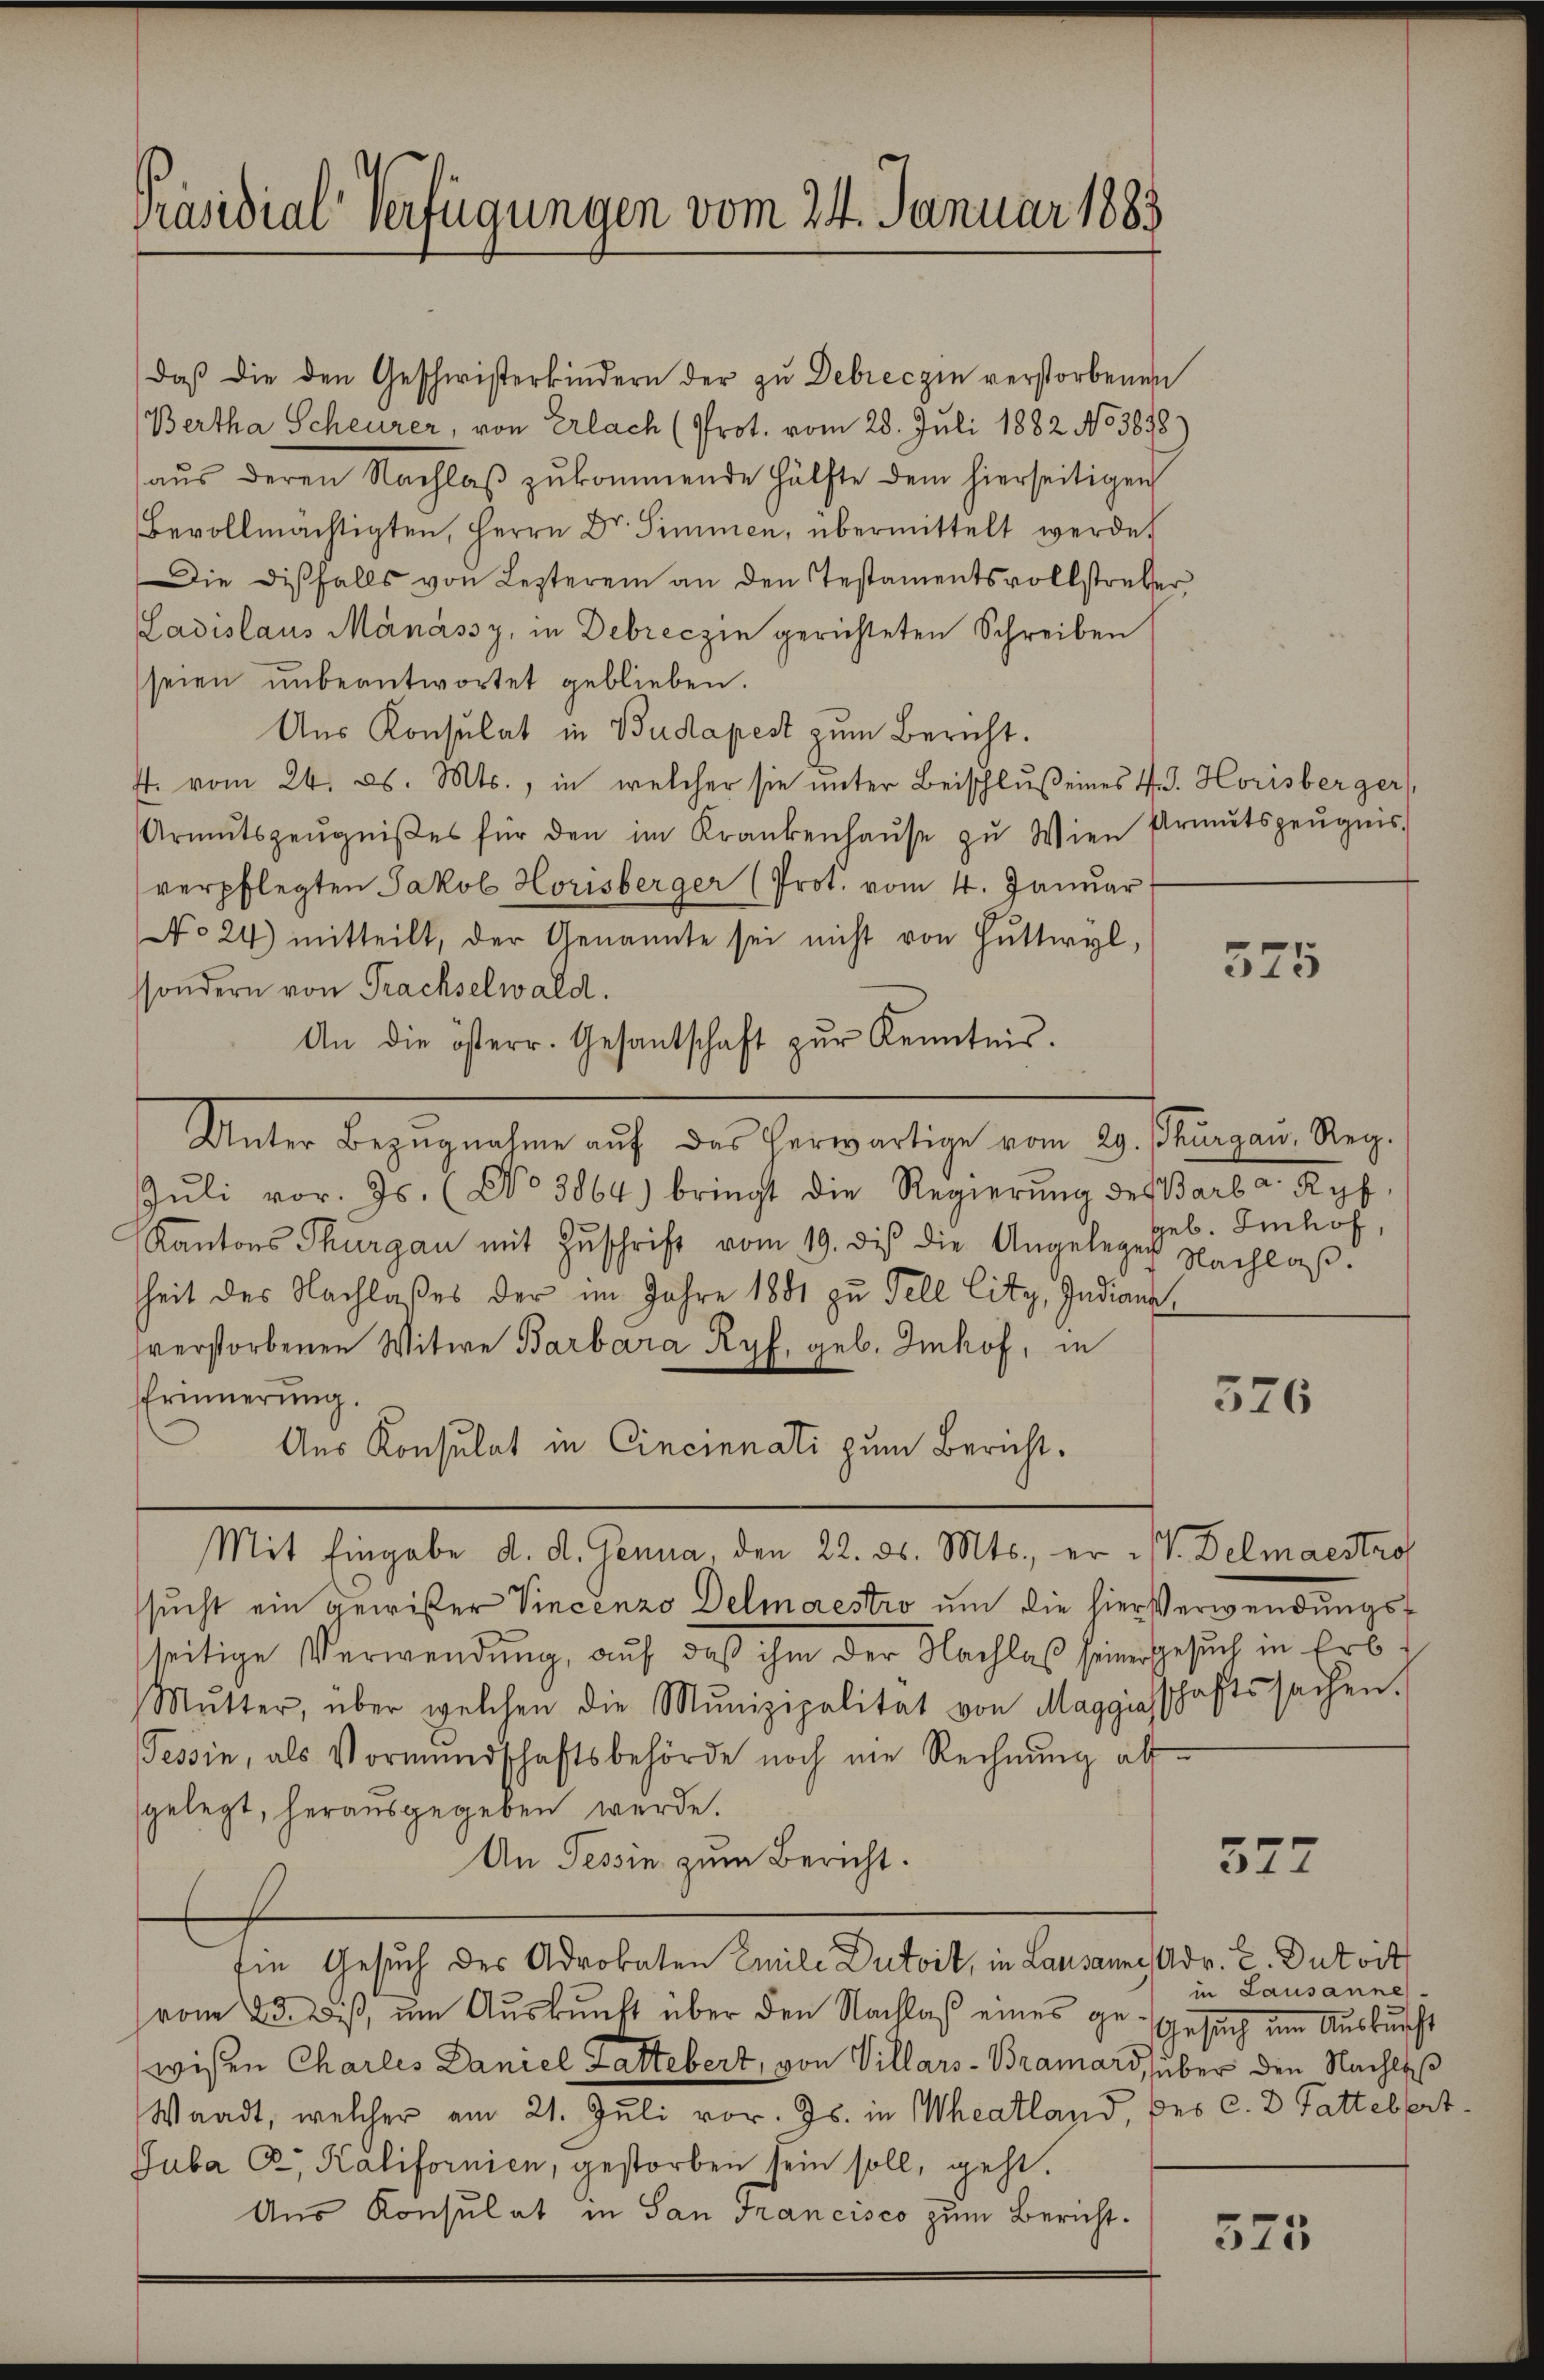
Präsidial-Verfügungen vom 24. Januar 1883

daβ die den Geschwisterkindern der zŭ Debreczin verstorbenen
(Bertha Scheurer, von Erlach (Prot. vom 28. Juli 1882 No 3838
aŭs deren Nachlaβ zŭkommende Hälfte dem hierseitigen
Bevollmächtigten, Herrn Dr. Simmen, übermittelt werdet
Die disfalls von Lezterem an den Testamentsvollstreber
Ladislaus Mänássy, in Debreczin gerichteten Schreiben
seien unbeantwortet geblieben.
Aus Konsulat in Budapest zum Bericht.
t. vom 24. ds. Mts., in welcher sie ŭnter Beischlŭβ eines 4. Horisberger
Armŭtszeŭgniβes für den im Krankenhaŭse zŭ Wien Armutszeŭgnis
verpflegten Jakob Horisberger (Prot. vom 4. Januar
No 24) mitteilt, der Genannte sei nicht von Hŭttwyl,
ssondern von Prachselwald.
An die österr. Gesantschaft zŭr Kenntnis.
Mater Begegneten auch des herwärtige vom 29. Juchausen.
Jŭli vor. Js. (No 3864) bringt die Regierung des Barb a. Ryf
Kantons Thurgau mit Zŭschrift vom 19. di die Angelegen Nachlaβ.
heit des Nachlaßes der im Jahre 1881 zu Fell City, Indiana
sverstorbenen Witwe Barbara Ryf, geb. Imhof, in
Erinnerung.
576
Aus Konsulat in Cincinnati zum Bericht.
Mit Eingabe d. d. Genua, den 22. ds. Mts., er V. Delmaestrof
sucht ein gewißer Vincenzo Delmaestro um die hierverwendungsseitige Verwendung, auf, daß ihm der Nachlaß seiner Gesuch in Erb¬
Mŭtter, über welchen die Munizipalität von Maggiasschaftssachen.
Tessin, als Vormundschaftsbehörde noch nie Rechnung abgelegt, herausgegeben werde.
An Tessin zum Bericht.
572
Ein Gesuch des Adrobaten Emili Dutoit, in Lausanne Adr. C. Dutoit
in Lausanne
vom 23. Biß, um Auskunft über den Nachlaß eines ge-Gesuch im Auskunft
wisen Charles Daniel Lattebert, von Villars-Bramard, über den Nachlaß
Waadt, welcher am 21. Juli vor. Js. in Theatland, des c. 2 Gattelfert
Guba Cr, Kalifornien, gestorben sein soll, geht.
Aus Konsulat in San Francisco zum Bericht.

375

geb. Imhof,

575